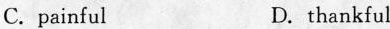
C.painful D. thankful